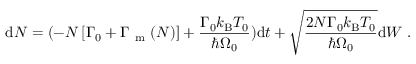
\mathrm { d } N = ( - N \left[ { \Gamma _ { 0 } + \Gamma _ { \mathrm { ~ m ~ } } ( N ) } \right] + \frac { \Gamma _ { 0 } k _ { \mathrm { B } } T _ { 0 } } { \hbar \Omega _ { 0 } } ) \mathrm { d } t + \sqrt { \frac { 2 N \Gamma _ { 0 } k _ { \mathrm { B } } T _ { 0 } } { \hbar \Omega _ { 0 } } } \mathrm { d } { W } \mathrm { ~ . ~ }